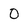
Character: 0